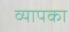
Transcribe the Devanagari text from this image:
व्यापका